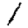
Digit: 1